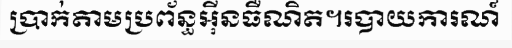
ប្រាក់តាមប្រព័ន្ធអ៊ីនធឺណិត។របាយការណ៍